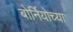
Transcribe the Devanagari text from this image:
बोर्नियोच्या